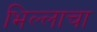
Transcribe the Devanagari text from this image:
भिल्लाचा